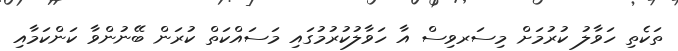
ތަކެތި ހަވާލު ކުރުމަށް މިސަރވިސް އާ ހަވާލުކުރުމުގައި މަސައްކަތް ކުރަން ބޭނުންވާ ކަންކަމާއި